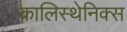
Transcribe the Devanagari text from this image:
कालिस्थेनिक्स